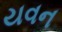
યવન